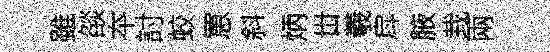
雖燄夲討蛟罳斜炳丗羲戽腋㘽兩